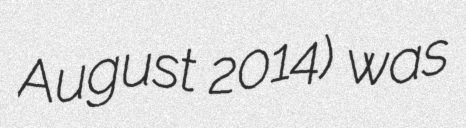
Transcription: August 2014) was